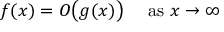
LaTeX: f ( x ) = O { \bigl ( } g ( x ) { \bigr ) } \quad { \mathrm { ~ a s ~ } } x \to \infty